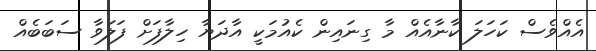
އެއްވެސް ކަހަލަ ކާނާއެއް މާ ގިނައިން ކެއުމަކީ އާދަޔާ ހިލާފަށް ފަލަވާ ސަބަބެއް